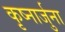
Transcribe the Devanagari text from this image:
कृष्नार्जुना